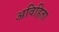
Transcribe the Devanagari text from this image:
अविहिता